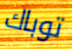
توباك